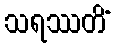
သရဿတိံ